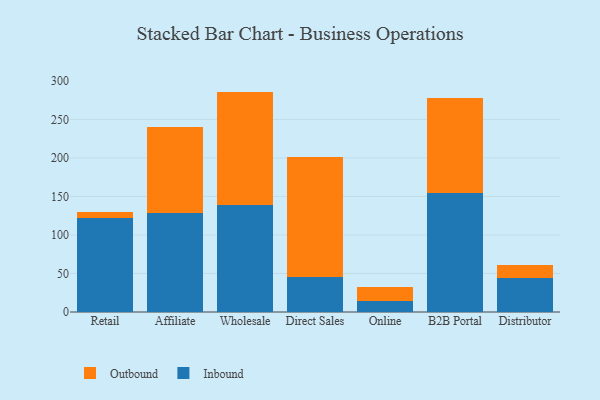
{"axis": {"x": "Channel", "y": "Website Visitors"}, "legend": ["Inbound", "Outbound"], "data": [{"x": "Retail", "y": 122.6, "type": "Inbound"}, {"x": "Retail", "y": 7.5, "type": "Outbound"}, {"x": "Affiliate", "y": 128.8, "type": "Inbound"}, {"x": "Affiliate", "y": 111.6, "type": "Outbound"}, {"x": "Wholesale", "y": 139.2, "type": "Inbound"}, {"x": "Wholesale", "y": 146.9, "type": "Outbound"}, {"x": "Direct Sales", "y": 45.1, "type": "Inbound"}, {"x": "Direct Sales", "y": 156.3, "type": "Outbound"}, {"x": "Online", "y": 14.2, "type": "Inbound"}, {"x": "Online", "y": 18.9, "type": "Outbound"}, {"x": "B2B Portal", "y": 155.0, "type": "Inbound"}, {"x": "B2B Portal", "y": 123.3, "type": "Outbound"}, {"x": "Distributor", "y": 44.1, "type": "Inbound"}, {"x": "Distributor", "y": 16.3, "type": "Outbound"}]}